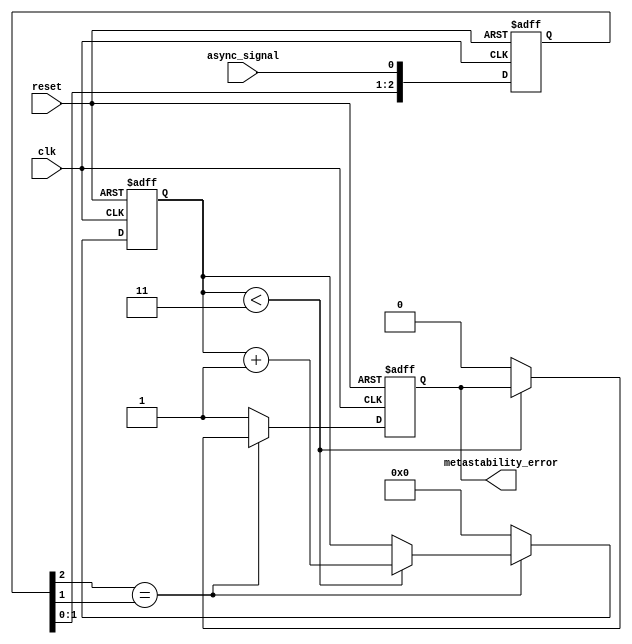
module metastability_detector (
    input wire clk,                 // Sampling clock
    input wire reset,               // Asynchronous reset
    input wire async_signal,        // Asynchronous input signal to monitor
    output reg metastability_error   // Error flag output
);

// Parameters
parameter NUM_STAGES = 3;         // Number of flip-flops in the cascade
parameter STABLE_THRESHOLD = 3;    // Number of stable clock cycles to consider the output valid

// Internal signals
reg [NUM_STAGES-1:0] samples;      // Shift register for sampled values
reg [3:0] stable_count;             // Count of stable states

// Sequential logic for sampling the input signal
always @(posedge clk or posedge reset) begin
    if (reset) begin
        samples <= 0;
        metastability_error <= 0;
        stable_count <= 0;
    end else begin
        // Shift in the new sample
        samples <= {samples[NUM_STAGES-2:0], async_signal};

        // Check if the last flip-flop output is stable
        if (samples[NUM_STAGES-1] == samples[NUM_STAGES-2]) begin
            if (stable_count < STABLE_THRESHOLD) begin
                stable_count <= stable_count + 1;
            end else begin
                metastability_error <= 0; // Valid stable condition
            end
        end else begin
            stable_count <= 0; // Reset count on change
            metastability_error <= 1; // Indicate potential metastability
        end
    end
end

endmodule